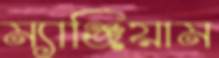
ম্যাঞ্জিয়াম